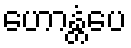
ဟောန္တံပေ